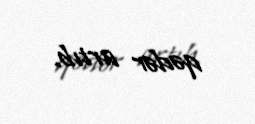
qədər artıb.